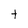
Character: t